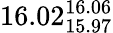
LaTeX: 16.02_{15.97}^{16.06}